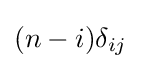
(n-i)\delta _{ij}